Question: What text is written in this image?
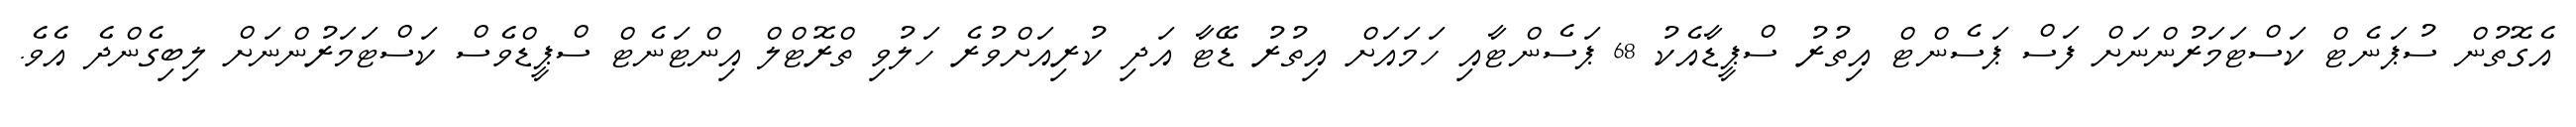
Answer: އެގޮތުން ސުޕަނެޓް ކަސްޓަމަރުންނަށް ފަސް ޕަސެންޓް އިތުރު ސްޕީޑާއެކު 68 ޕަސެންޓާއި ހަމައަށް އިތުރު ޑޭޓާ އަދި ކުރިއަށްވުރެ ހަލުވި ތްރޮޓްލް އިންޓަނެޓް ސްޕީޑްވެސް ކަސްޓަމަރުންނަށް ލިބިގެންދެ އެވެ.